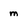
Character: m